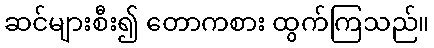
ဆင်များစီး၍ တောကစား ထွက်ကြသည်။